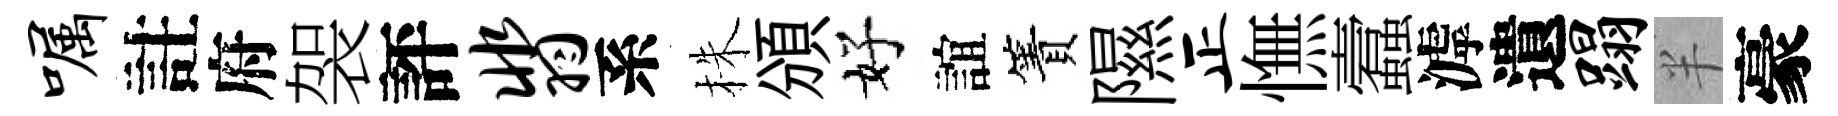
嘱註府袈評翡系株頒好誼簀隰正憮蠧滹遺蹋半豪